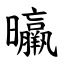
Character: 㬯